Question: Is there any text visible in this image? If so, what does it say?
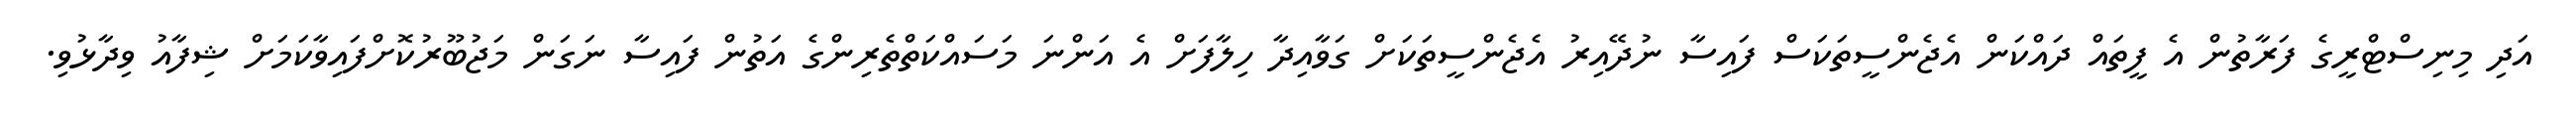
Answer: އަދި މިނިސްޓްރީގެ ފަރާތުން އެ ފީތައް ދައްކަން އެޖެންސީތަކަސް ފައިސާ ނުދޭއިރު އެޖެންސީތަކަށް ގަވާއިދާ ހިލާފަށް އެ އަންނަ މަސައްކަތްތެރިންގެ އަތުން ފައިސާ ނަގަން މަޖުބޫރުކޮށްފައިވާކަމަށް ޝިފާއު ވިދާޅުވި.